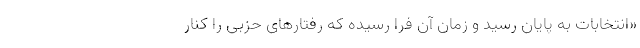
«انتخابات به پایان رسید و زمان آن فرا رسیده که رفتارهای حزبی را کنار